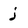
Character: j